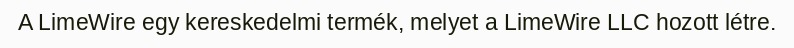
A LimeWire egy kereskedelmi termék, melyet a LimeWire LLC hozott létre.